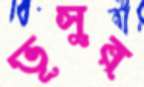
ভূসুর